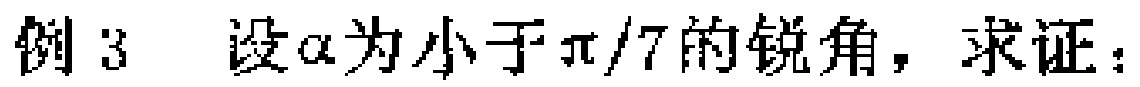
例 3 设\(\alpha\)为小于\(\pi/7\)的锐角，求证：